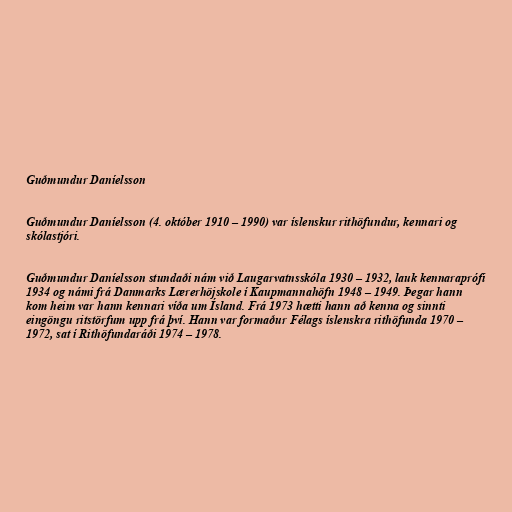
Guðmundur Daníelsson

Guðmundur Daníelsson (4. október 1910 – 1990) var íslenskur rithöfundur, kennari og
skólastjóri.

Guðmundur Daníelsson stundaði nám við Laugarvatnsskóla 1930 – 1932, lauk kennaraprófi
1934 og námi frá Danmarks Lærerhöjskole í Kaupmannahöfn 1948 – 1949. Þegar hann
kom heim var hann kennari víða um Ísland. Frá 1973 hætti hann að kenna og sinnti
eingöngu ritstörfum upp frá því. Hann var formaður Félags íslenskra rithöfunda 1970 –
1972, sat í Rithöfundaráði 1974 – 1978.